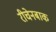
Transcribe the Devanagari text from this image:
रीचेनबाक